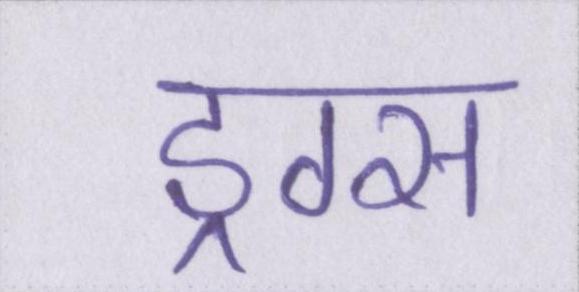
ड्रग्स